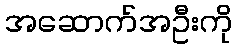
အဆောက်အဦးကို